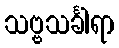
သဗ္ဗသင်္ခါရာ